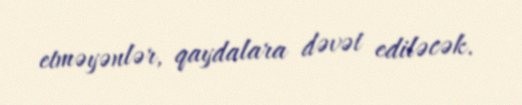
etməyənlər, qaydalara dəvət ediləcək.